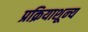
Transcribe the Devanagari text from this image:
प्रक्रियाशून्‍य